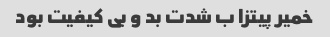
خمیر پیتزا ب شدت بد و بی کیفیت بود